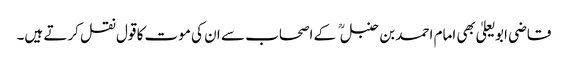
قاضی ابو یعلیٰ بھی امام احمد بن حنبل کے اصحاب سے ان کی موت کا قول نقل کرتے ہیں۔